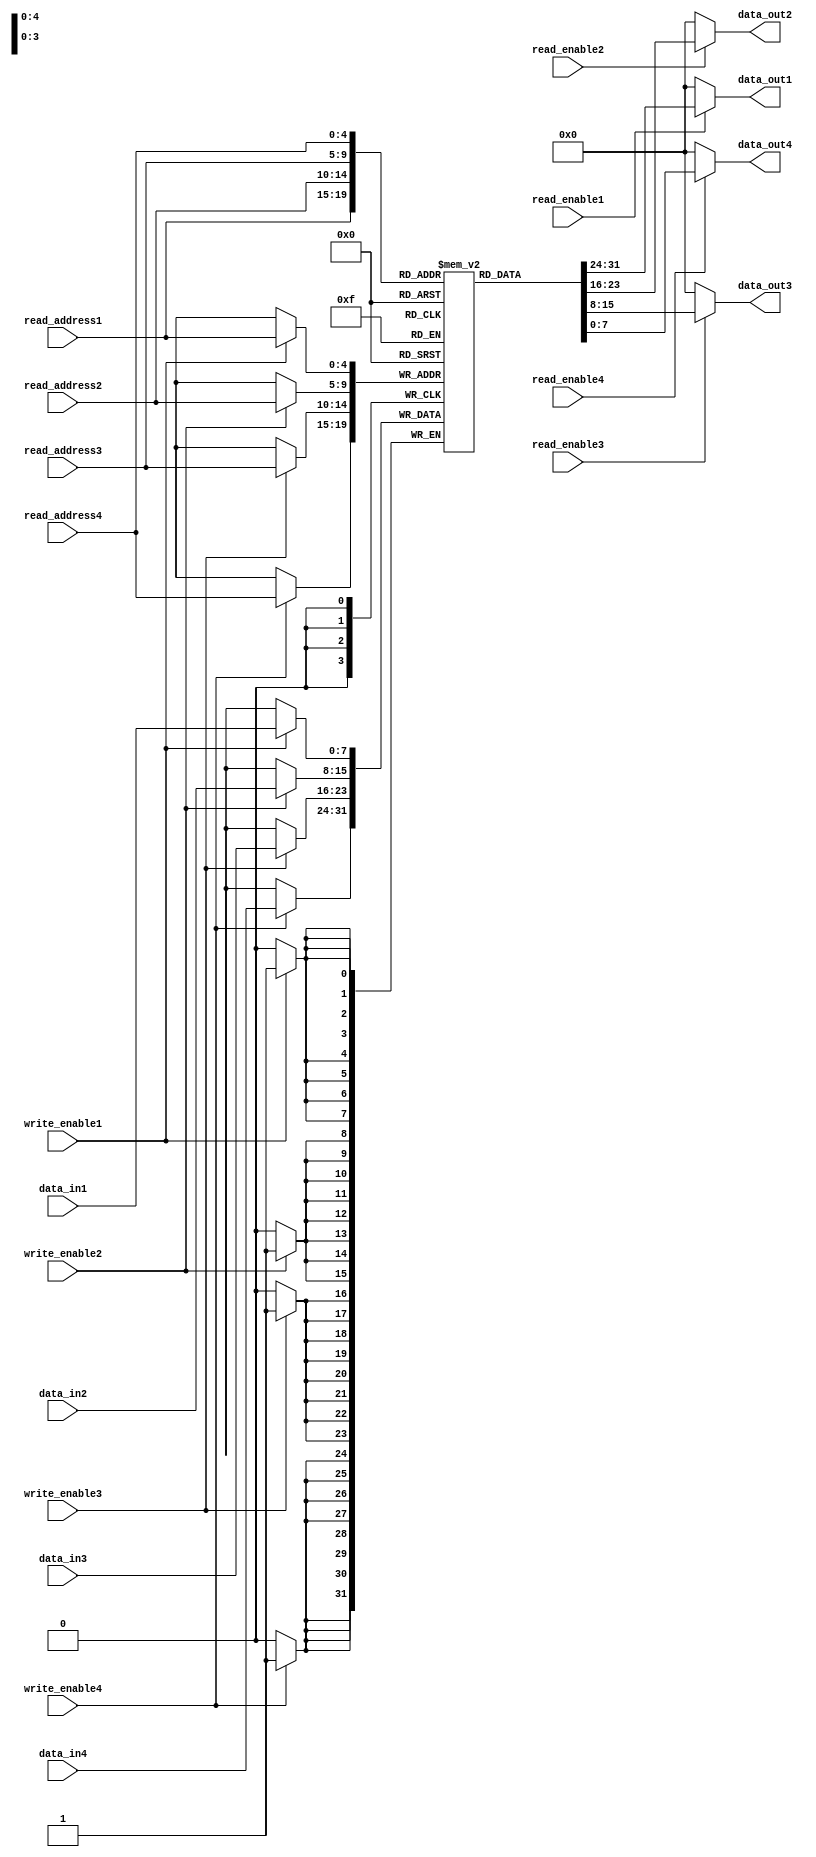
module register_file (
    input  [7:0] data_in1,
    input  [7:0] data_in2,
    input  [7:0] data_in3,
    input  [7:0] data_in4,
    input        write_enable1,
    input        write_enable2,
    input        write_enable3,
    input        write_enable4,
    input  [4:0] read_address1,
    input  [4:0] read_address2,
    input  [4:0] read_address3,
    input  [4:0] read_address4,
    input        read_enable1,
    input        read_enable2,
    input        read_enable3,
    input        read_enable4,
    output [7:0] data_out1,
    output [7:0] data_out2,
    output [7:0] data_out3,
    output [7:0] data_out4
);

reg [7:0] reg_file [31:0];

// Write to register file
always @(posedge clk) begin
    if (write_enable1) reg_file[read_address1] <= data_in1;
    if (write_enable2) reg_file[read_address2] <= data_in2;
    if (write_enable3) reg_file[read_address3] <= data_in3;
    if (write_enable4) reg_file[read_address4] <= data_in4;
end

// Read from register file
assign data_out1 = (read_enable1) ? reg_file[read_address1] : 8'b0;
assign data_out2 = (read_enable2) ? reg_file[read_address2] : 8'b0;
assign data_out3 = (read_enable3) ? reg_file[read_address3] : 8'b0;
assign data_out4 = (read_enable4) ? reg_file[read_address4] : 8'b0;

endmodule